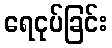
ရေငုပ်ခြင်း